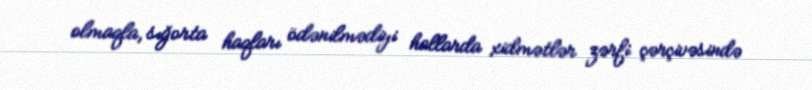
olmaqla, sığorta haqları ödənilmədiyi hallarda xidmətlər zərfi çərçivəsində